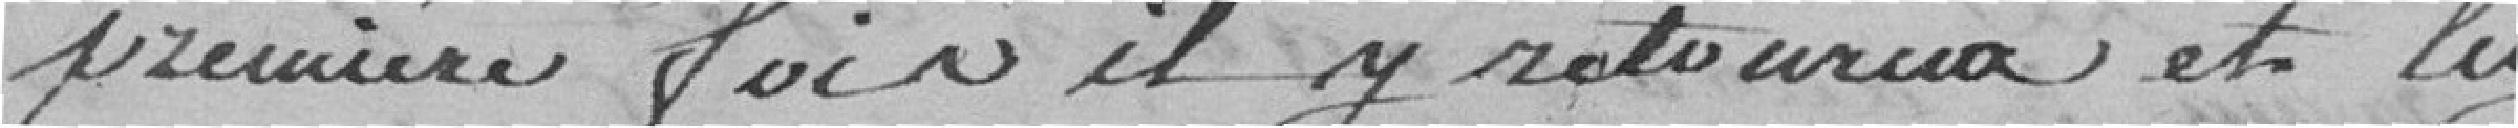
première fois, il y retourna et luy demanda six livres